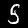
Digit: 5